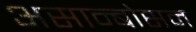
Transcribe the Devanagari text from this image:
असान्बोसम